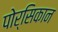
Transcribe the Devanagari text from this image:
पोर्सिकान